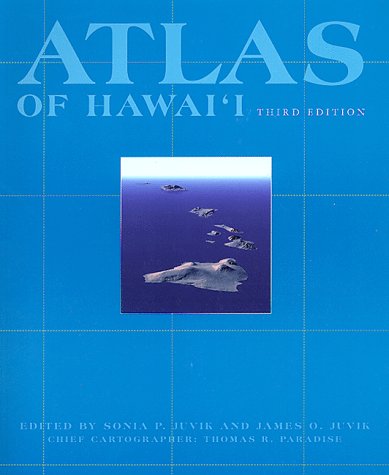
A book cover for Atlas of Hawaii, 3rd Edition; University Of Hawaii at Hilo; Travel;